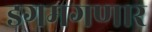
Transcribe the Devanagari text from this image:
डगमगणार